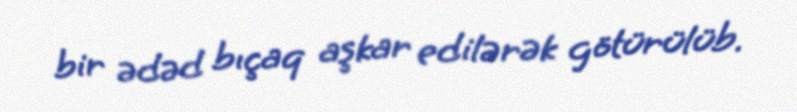
bir ədəd bıçaq aşkar edilərək götürülüb.